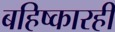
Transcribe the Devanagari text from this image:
बहिष्कारही